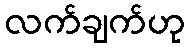
လက်ချက်ဟု